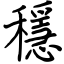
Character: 穩